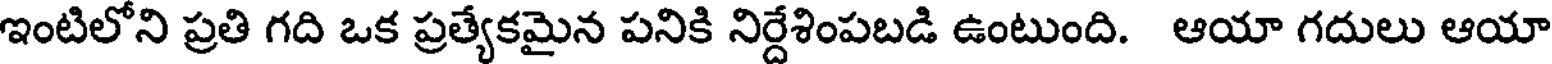
ఇంటిలోని ప్రతి గది ఒక ప్రత్యేకమైన పనికి నిర్దేశింపబడి ఉంటుంది. ఆయా గదులు ఆయా